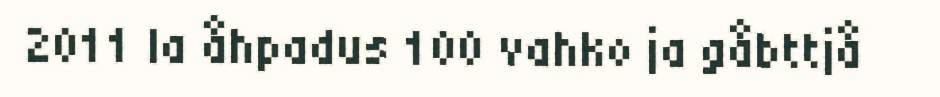
2011 la åhpadus 100 vahko ja gåbttjå